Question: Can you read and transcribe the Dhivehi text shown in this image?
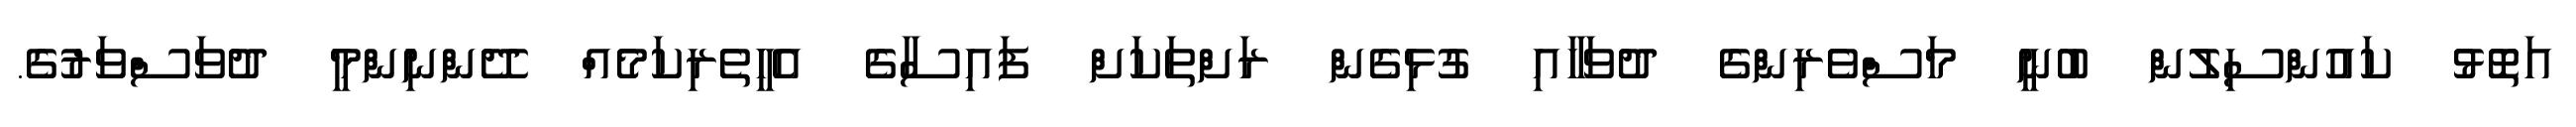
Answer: އަތޮޅު ކައުންސިލުން ބުނީ މަސްވެރިންގެ ދުވަހާއި ގުޅިގެން ރަށްތަކަށް ފައިސާގެ އެހީތެރިކަމެއް ދޭންނިންމީ ދުވަސްވަރުގެ.